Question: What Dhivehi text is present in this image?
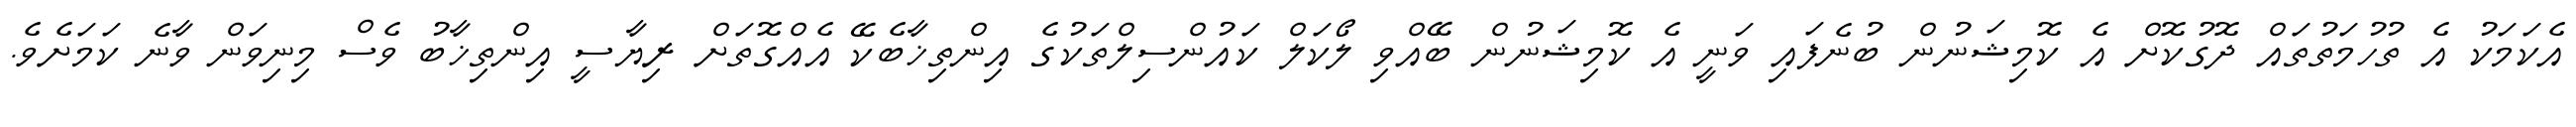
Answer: އެކަމަކު އެ ތުހުމަތުތައް ދޮގުކޮށް އެ ކޮމިޝަނުން ބުނެފައި ވަނީ އެ ކޮމިޝަނުން ބޭއްވި ލޯކަލް ކައުންސިލްތަކުގެ އިންތިޚާބެކޭ އެއްގޮތަށް ރިޔާސީ އިންތިޚާބު ވެސް މިނިވަން ވާނެ ކަމަށެވެ.